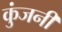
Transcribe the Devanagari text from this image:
कुंजनी